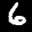
Label: 6